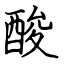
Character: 酸